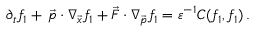
\begin{array} { r } { \partial _ { t } f _ { 1 } + \, \vec { p } \cdot \nabla _ { \vec { x } } f _ { 1 } + \vec { F } \cdot \nabla _ { \vec { p } } f _ { 1 } = \varepsilon ^ { - 1 } C ( f _ { 1 } , f _ { 1 } ) \, . } \end{array}